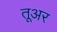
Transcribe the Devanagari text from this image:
तूअर